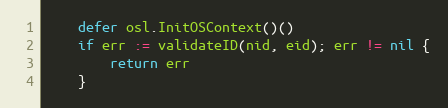
Language: Go
	defer osl.InitOSContext()()
	if err := validateID(nid, eid); err != nil {
		return err
	}